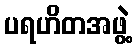
ပရဟိတအဖွဲ့